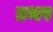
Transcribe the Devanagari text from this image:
प्रभर